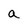
Character: a